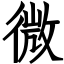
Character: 微